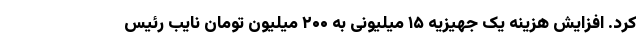
کرد. افزایش هزینه یک جهیزیه ۱۵ میلیونی به ۲۰۰ میلیون تومان نایب رئیس